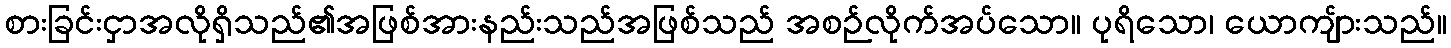
စားခြင်းငှာအလိုရှိသည်၏အဖြစ်အားနည်းသည်အဖြစ်သည် အစဉ်လိုက်အပ်သော။ ပုရိသော၊ ယောကျ်ားသည်။